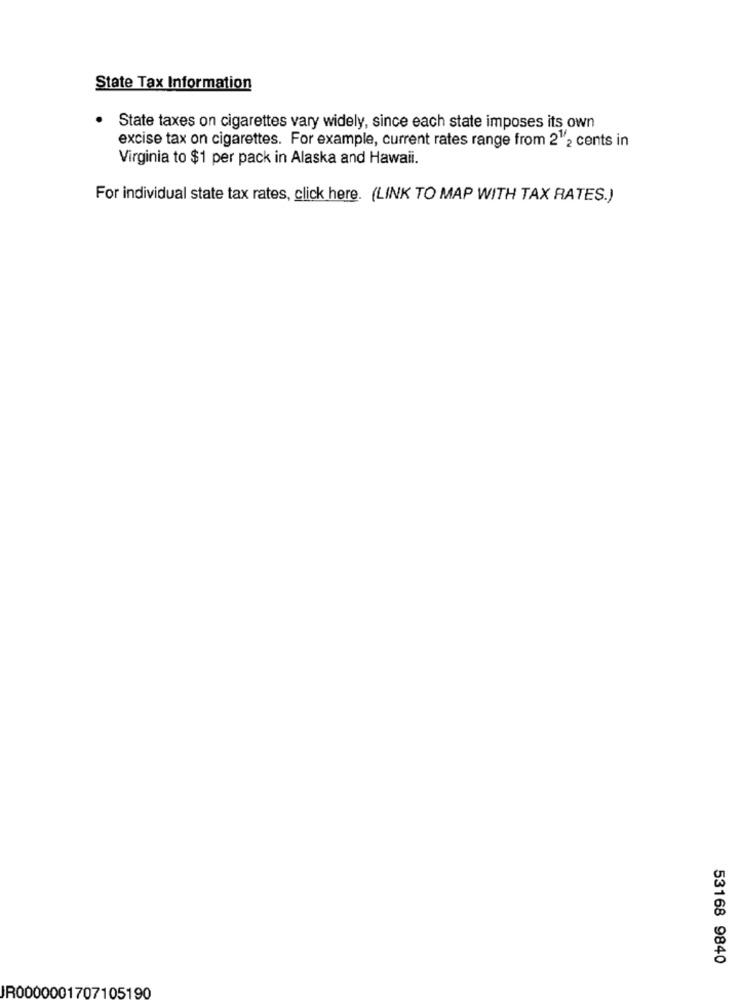
State Tax Information
State taxes on cigarettes vary widely, since each state imposes its own
excise tax on cigarettes. For example, current rates range from 2 2 cents in
Virginia to $1 per pack in Alaska and Hawaii.
For individual state tax rates, click here. (LINK TO MAP WITH TAX RATES.)
53168 9840
IR0000001707105190